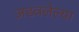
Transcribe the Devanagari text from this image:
अडवलेल्या